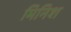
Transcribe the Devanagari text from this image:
मिनिश